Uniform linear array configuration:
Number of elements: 4
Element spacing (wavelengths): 0.5
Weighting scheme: uniform
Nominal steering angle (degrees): -30
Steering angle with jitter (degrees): -30.729
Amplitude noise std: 0.05
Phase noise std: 0.05

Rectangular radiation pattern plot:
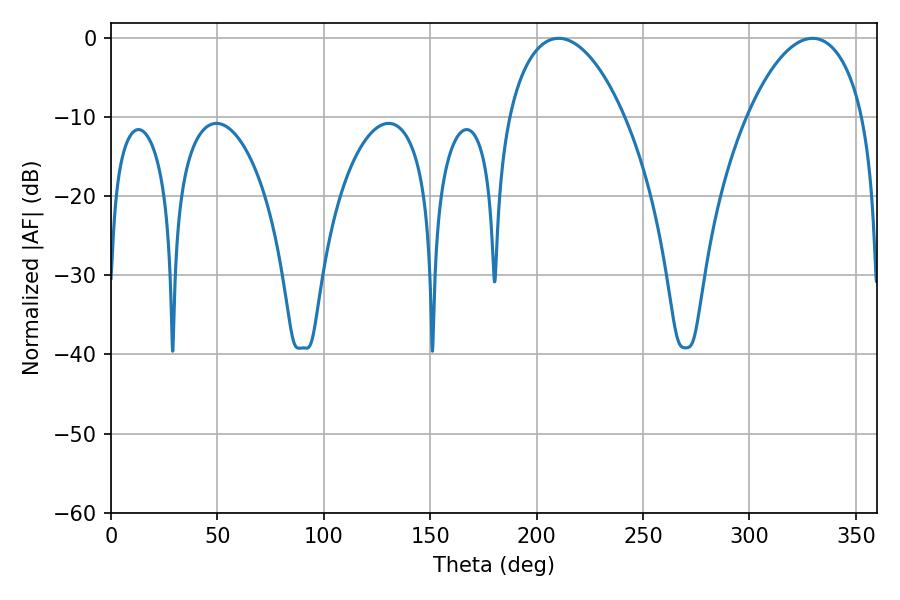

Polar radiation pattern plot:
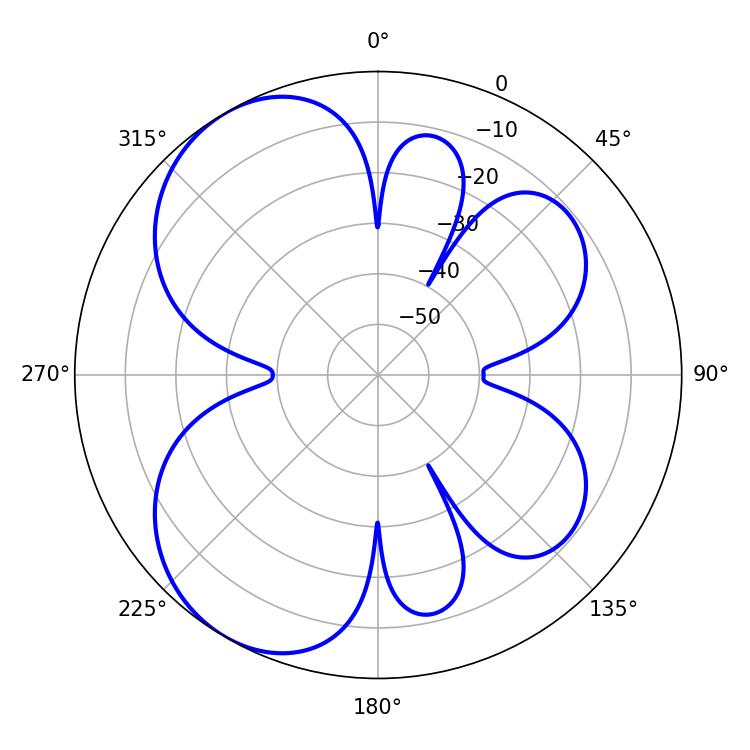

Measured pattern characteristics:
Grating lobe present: FALSE
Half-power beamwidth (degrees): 30.78
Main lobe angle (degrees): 210.42